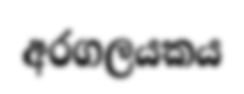
අරගලයකය